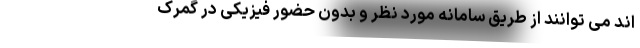
اند می توانند از طریق سامانه مورد نظر و بدون حضور فیزیکی در گمرک